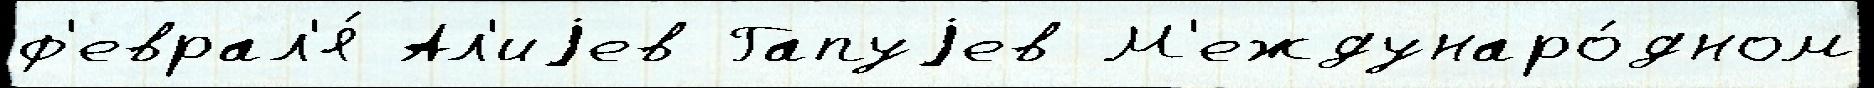
ф'еврал'я́ Ал'иjев Гапуjев М'еждунаро́дном